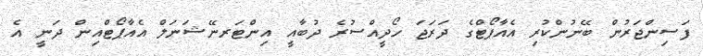
ފަސިންޖަރުން ބޭނުންކުރި އެއާޕޯޓްގެ ދަރަޖަ ހޯދީއްސުރެ ދުބާއީ އިންޓަރނޭޝަނަލް އެއާޕޯޓްއިން ދަނީ އެ